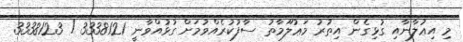
މި އިޢުލާނާއި ގުޅިގެން އިތުރު މަޢުލޫމާތު ސާފުކުރެއްވުމަށް ގުޅުއްވާނީ 3338121 / 3338123